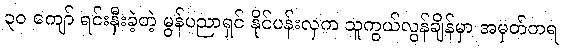
၃၀ ကျော် ရင်းနှီးခဲ့တဲ့ မွန်ပညာရှင် နိုင်ပန်းလှက သူကွယ်လွန်ချိန်မှာ အမှတ်တရ